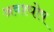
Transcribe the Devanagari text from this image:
अवश्घोष